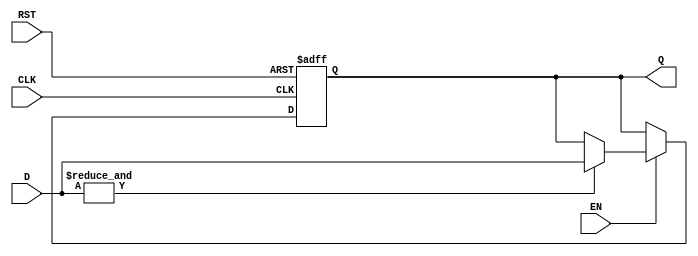
module barrier_register #(
    parameter N = 4  // Number of data inputs
)(
    input  wire [N-1:0] D,   // Data inputs (D1, D2, ..., Dn)
    input  wire EN,           // Enable signal
    input  wire CLK,          // Clock signal
    input  wire RST,          // Asynchronous reset
    output reg  [N-1:0] Q     // Synchronized output
);

    // Asynchronous reset
    always @(posedge CLK or posedge RST) begin
        if (RST) begin
            Q <= {N{1'b0}}; // Initialize output to 0
        end else if (EN) begin
            // Check if all inputs are valid (not in reset state)
            if (&D) begin  // All inputs must be high to pass through
                Q <= D;   // Update output with current data inputs
            end
            // If not all inputs are valid, retain previous output (Q)
        end
    end

endmodule